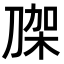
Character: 𭃼